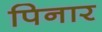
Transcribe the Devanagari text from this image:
पिनार